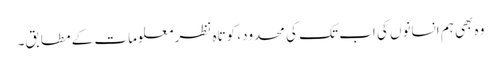
وہ بھی ہم انسانوں کی اب تک کی محدود، کوتاہ نظر معلومات کے مطابق۔